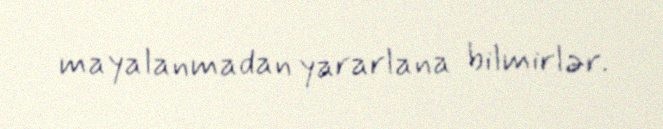
mayalanmadan yararlana bilmirlər.